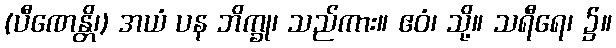
(ပီဏေန္တိ၊) အယံ ပန ဘိက္ခု၊ သည်ကား။ ဧဝံ၊ သို့။ သရီရေ၊ ၌။